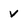
Character: v